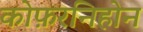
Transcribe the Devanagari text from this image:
कोफ़रनिहोन